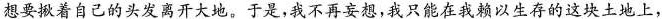
想要揪着自己的头发离开大地。于是，我不再妄想，我只能在我赖以生存的这块土地上，